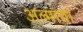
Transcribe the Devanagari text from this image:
अल्माचा